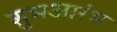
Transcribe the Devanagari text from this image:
शुभआरंभ